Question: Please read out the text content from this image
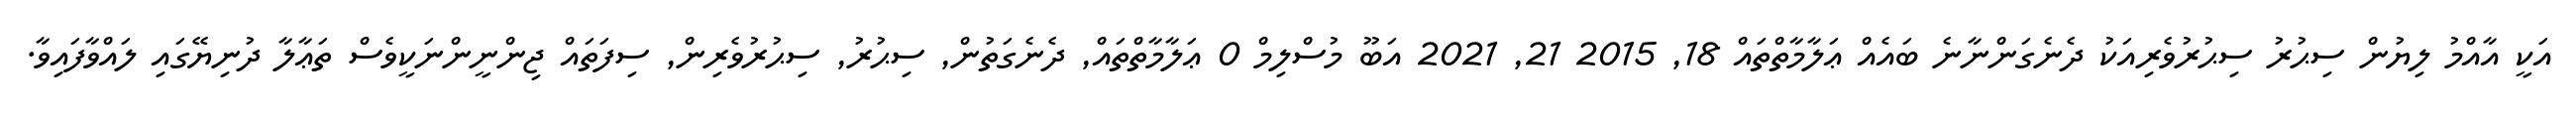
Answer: އަކީ އާއްމު ލިޔުން ސިޙުރު ސިޙުރުވެރިއަކު ދެނެގަންނާނެ ބައެއް ޢަލާމާތްތައް 18, 2015 21, 2021 އަބޫ މުސްލިމް 0 ޢަލާމާތްތައް, ދެނެގަތުން, ސިޙުރު, ސިޙުރުވެރިން, ސިފަތައް ޖިންނީންނަކީވެސް ތަޢާލާ ދުނިޔޭގައި ލައްވާފައިވާ.